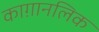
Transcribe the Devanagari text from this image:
काग़ानलिक